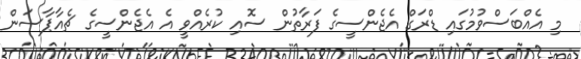
މި އެއްބަސްވުމުގައި ޑްރަގް އެޖެންސީގެ ފަރާތުން ސޮއި ކުރެއްވީ އެ އެޖެންސީގެ ޗެއާޕާސަން